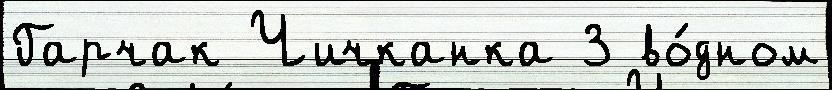
Гарчак Чичканка 3 во́дном